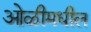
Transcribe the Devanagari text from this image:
ओळीमधील